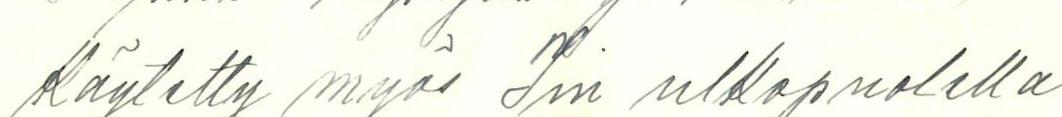
Käytetty myös Iin ulkopuolella